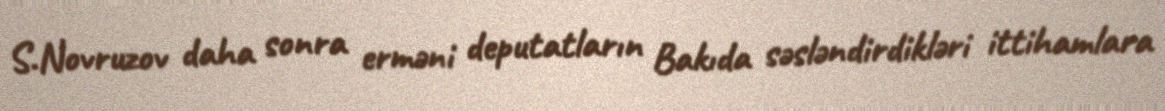
S.Novruzov daha sonra erməni deputatların Bakıda səsləndirdikləri ittihamlara